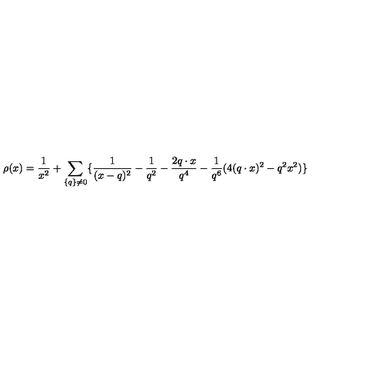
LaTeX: \rho ( x ) = \frac { 1 } { x ^ { 2 } } + \sum _ { \{ q \} \neq 0 } \{ \frac { 1 } { ( x - q ) ^ { 2 } } - \frac { 1 } { q ^ { 2 } } - \frac { 2 q \cdot x } { q ^ { 4 } } - \frac { 1 } { q ^ { 6 } } ( 4 ( q \cdot x ) ^ { 2 } - q ^ { 2 } x ^ { 2 } ) \}